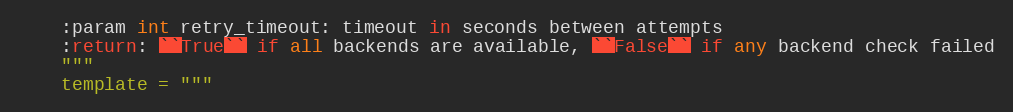
Language: Python
    :param int retry_timeout: timeout in seconds between attempts
    :return: ``True`` if all backends are available, ``False`` if any backend check failed
    """
    template = """